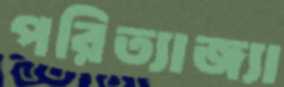
পরিত্যাজ্যা